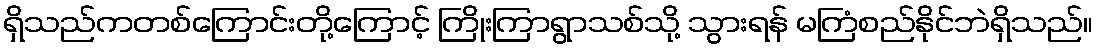
ရှိသည်ကတစ်ကြောင်းတို့ကြောင့် ကြိုးကြာရွာသစ်သို့ သွားရန် မကြံစည်နိုင်ဘဲရှိသည်။